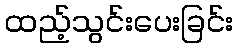
ထည့်သွင်းပေးခြင်း